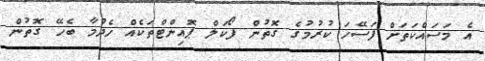
އެ މަސައްކަތަށް ފަަސޭހަ ކުރުމުގެ ގޮތުން ފޯކަލް ޕޮއިންޓްތަކެއް ހެދުމާ ބެހޭ ގޮތުން